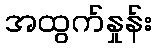
အထွက်နှုန်း